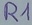
Text: R1